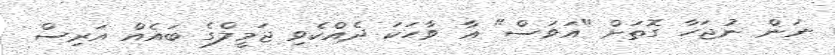
ނަން ނުޖަހާ ގޮތަށް "އަވަސް" އާ ވާހަކަ ދެއްކެވި ޖަމީލްގެ ބައެއް އަރިސް